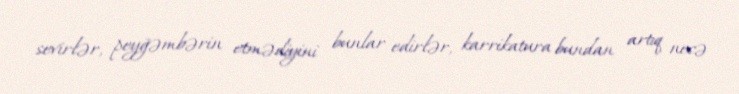
sevirlər, peyğəmbərin etmədiyini bunlar edirlər, karrikatura bundan artıq necə